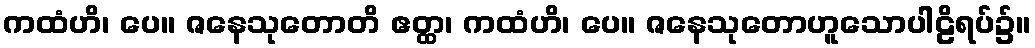
ကထံဟိ၊ ပေ။ ဇနေသုတောတိ ဧတ္ထ၊ ကထံဟိ၊ ပေ။ ဇနေသုတောဟူသောပါဠိရပ်၌။